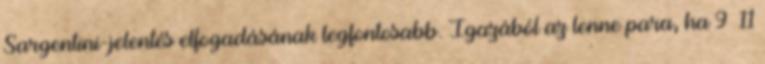
Sargentini-jelentés elfogadásának legfontosabb. Igazából az lenne para, ha 9 11